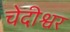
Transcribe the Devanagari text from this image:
चेदीश्वर